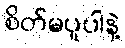
စိတ်မပူပါနဲ့